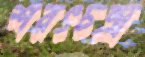
শরৎচন্দ্র